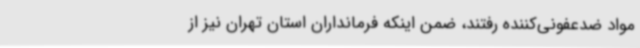
مواد ضدعفونی‌کننده رفتند، ضمن اینکه فرمانداران استان تهران نیز از